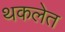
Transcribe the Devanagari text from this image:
थकलेत